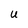
Character: U